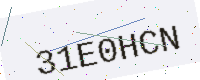
Text: 31E0HCN